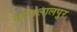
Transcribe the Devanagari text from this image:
नगजलालपुर